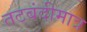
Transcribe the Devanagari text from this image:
तटबंदीमात्र